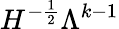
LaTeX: H^{-\frac{1}{2}}\Lambda^{k-1}